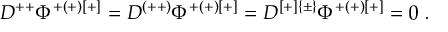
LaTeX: D ^ { + + } \Phi ^ { + ( + ) [ + ] } = D ^ { ( + + ) } \Phi ^ { + ( + ) [ + ] } = D ^ { [ + ] \{ \pm \} } \Phi ^ { + ( + ) [ + ] } = 0 \; .